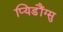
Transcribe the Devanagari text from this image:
प्यिडौंग्सु